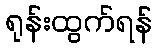
ရုန်းထွက်ရန်